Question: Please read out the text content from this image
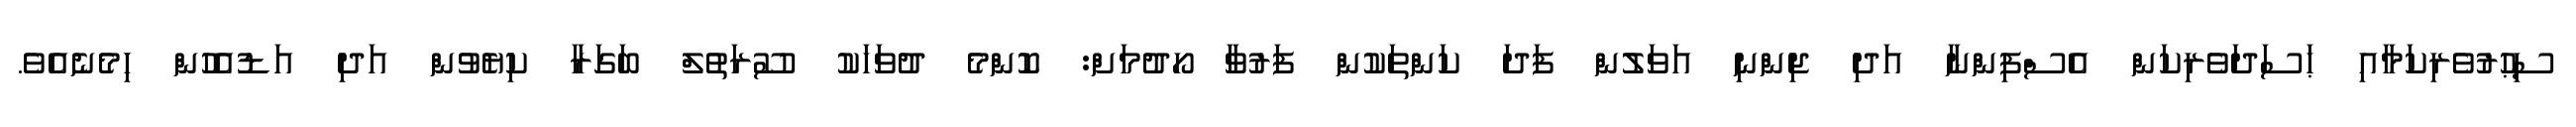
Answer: ސިޙުރުވެރިކަމާއި ޙަސަދަވެރިކަން އެސްފިންނާ އަދި ޖިންނި އަވަލުން ފަދަ ކަންތަކުން ފަރުވާ ހޯދުމަށް: ކޮންމެ ދުވަހަކު ސޫރަތުލް ބަގަރާ ކިޔެވުން އަދި އަޑުއެހުން ހިމެނެއެވެ.